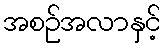
အစဉ်အလာနှင့်